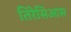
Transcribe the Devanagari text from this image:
तिरेसिआस